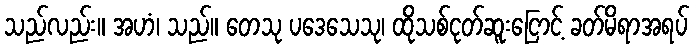
သည်လည်း။ အဟံ၊ သည်။ တေသု ပဒေသေသု၊ ထိုသစ်ငုတ်ဆူးငြောင့် ခတ်မိရာအရပ်